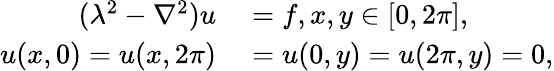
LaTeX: \begin{array}{rl}{(\lambda^{2}-\nabla^{2})u}&{{}=f,x,y\in[0,2\pi],}\\ {u(x,0)=u(x,2\pi)}&{{}=u(0,y)=u(2\pi,y)=0,}\end{array}